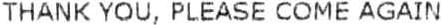
THANK YOU, PLEASE COME AGAIN